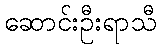
ဆောင်းဦးရာသီ